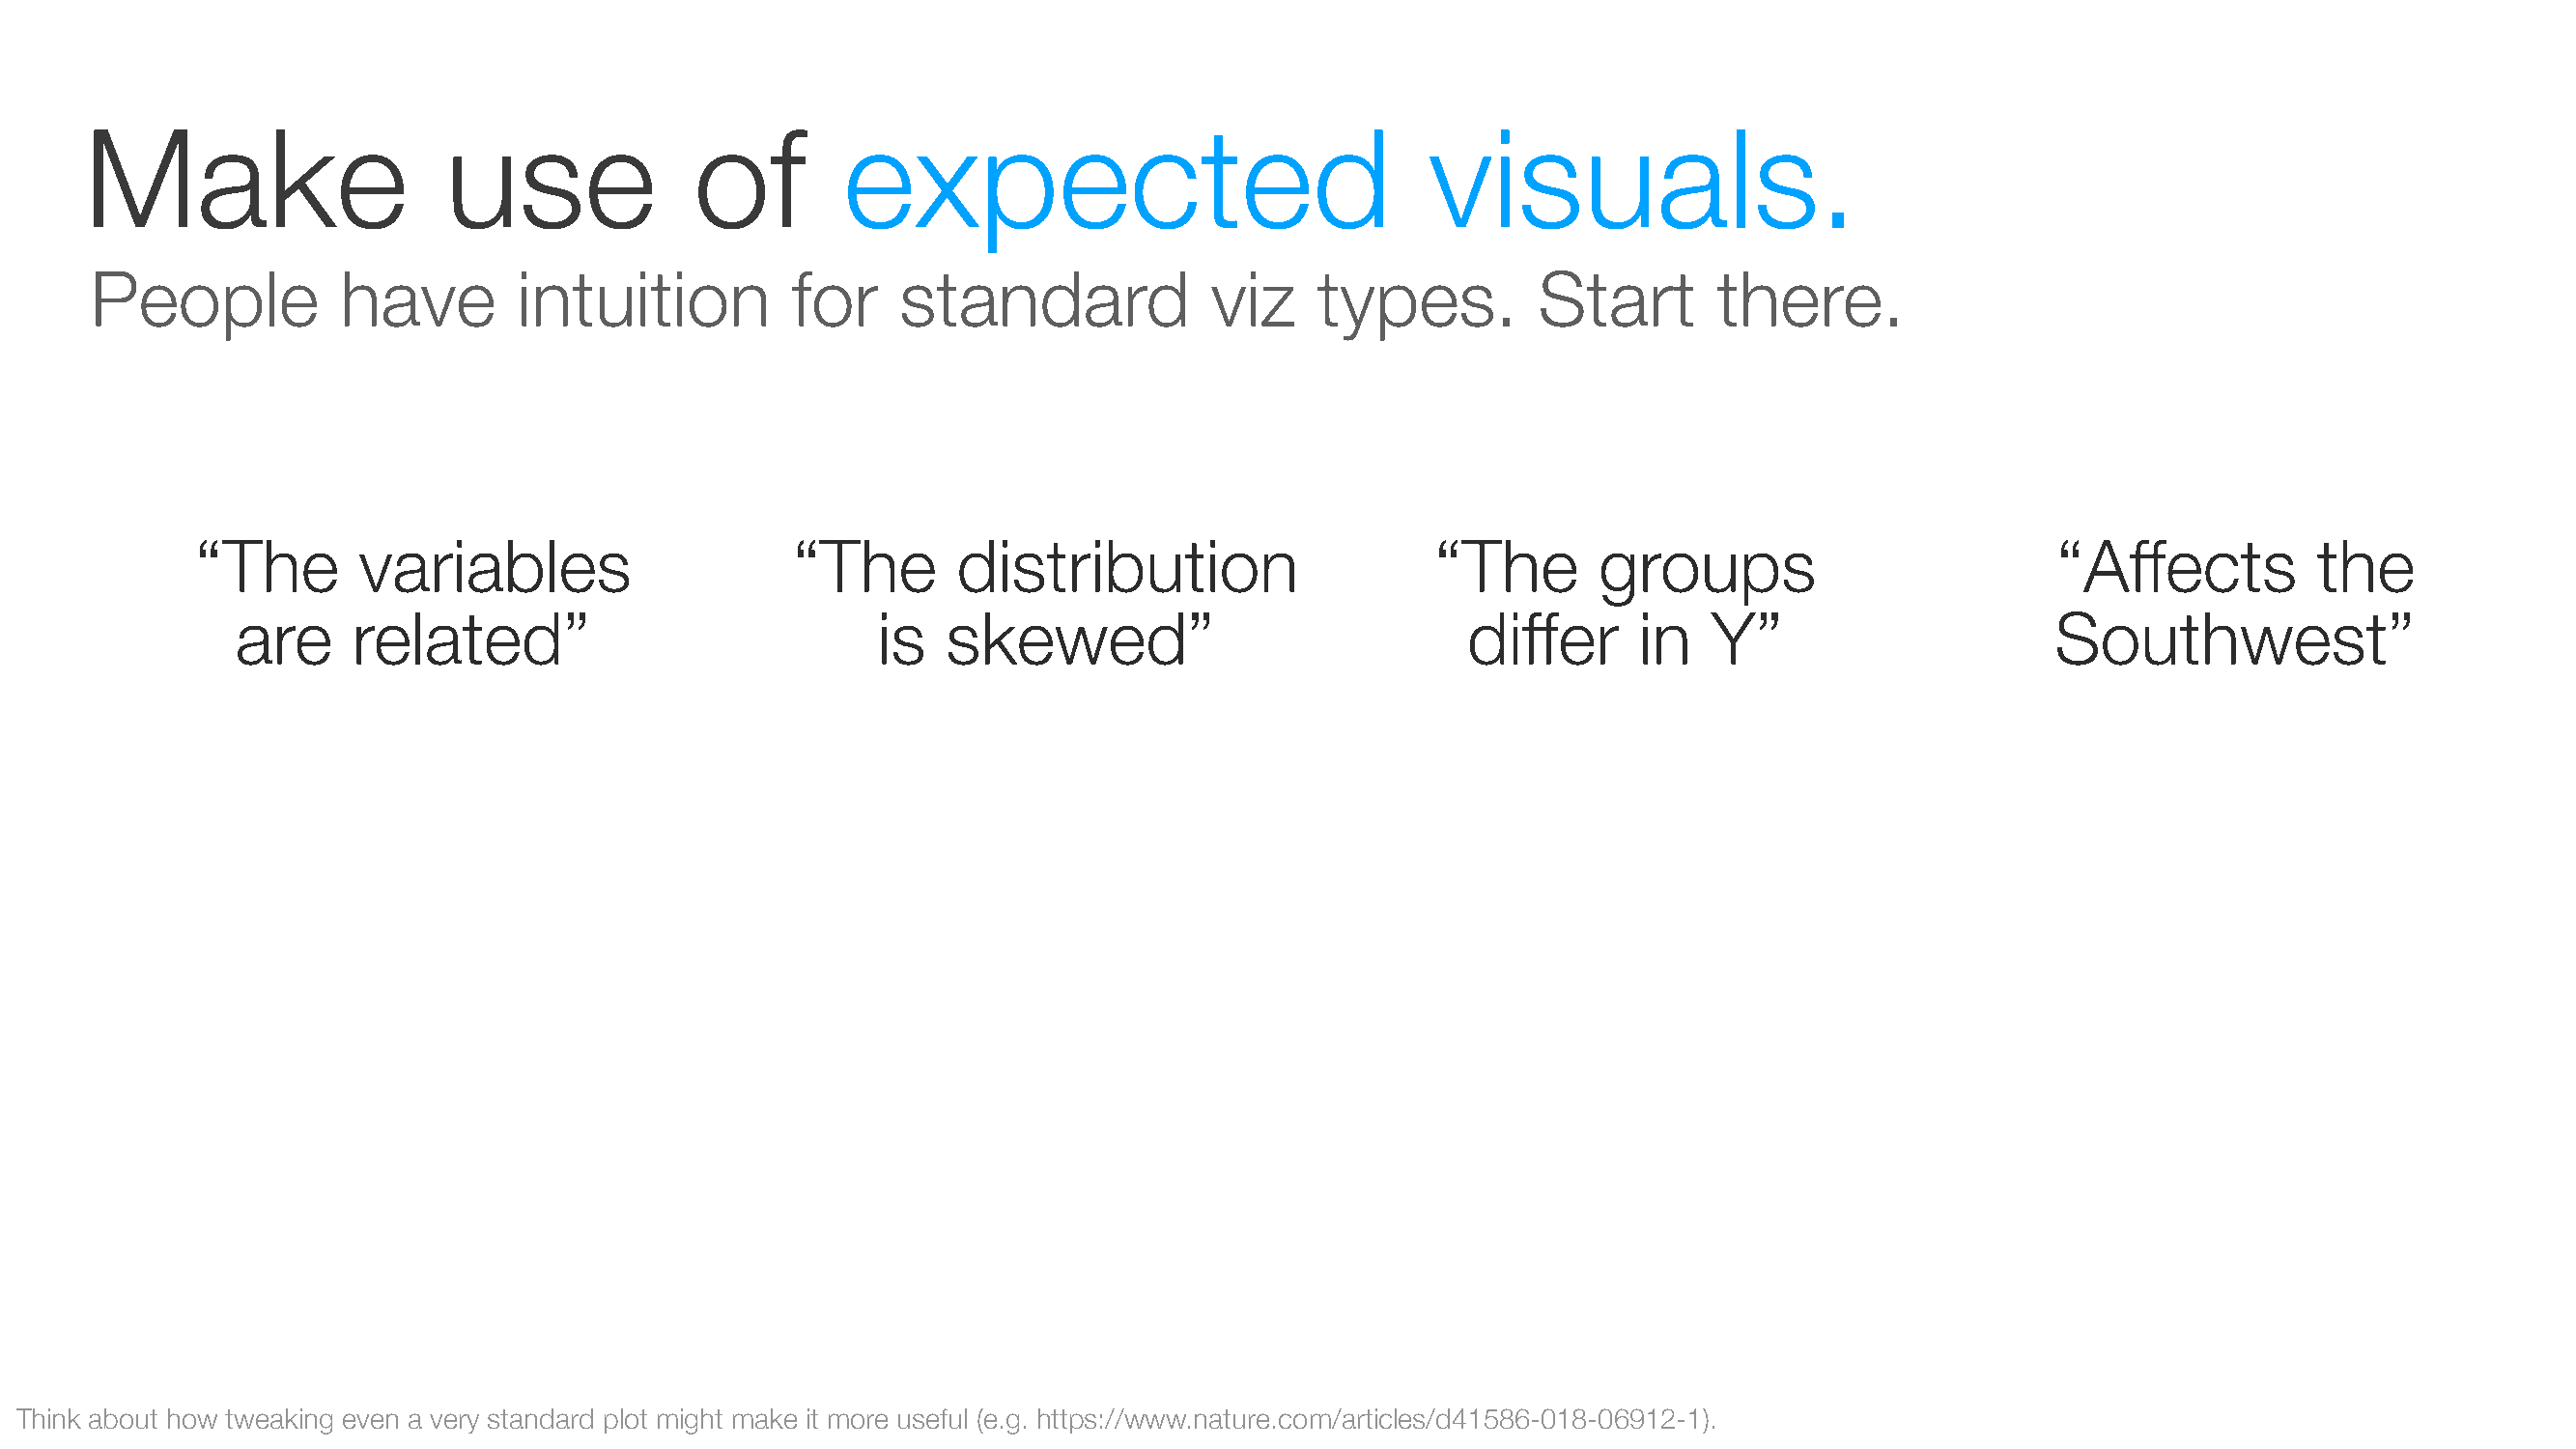
Make                     use              of        expected                                visuals.
 People           have        intuition          for     standard             viz    types.         Start        there.
 “The        variables                    “The        distribution                    “The        groups                         “Affects          the
 are     related”                            is   skewed”                             differ     in   Y”                      Southwest”
 Think about how tweaking even a very standard plot might make it more useful (e.g. https://www.nature.com/articles/d41586-018-06912-1).